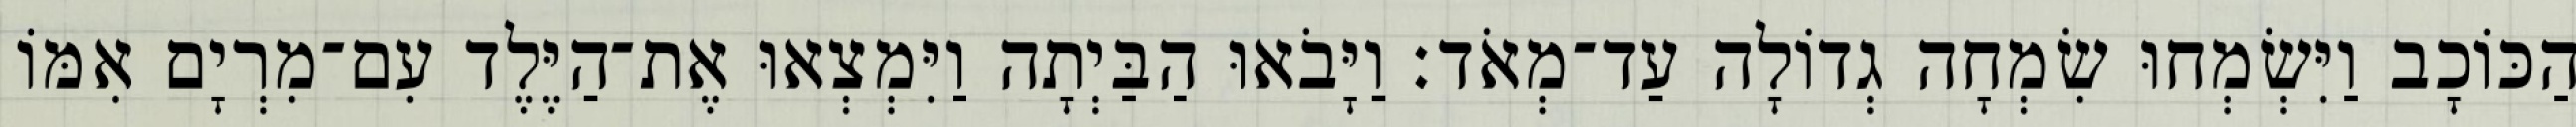
הַכּוֹכָב וַיִּשְׂמְחוּ שִׂמְחָה גְדוֹלָה עַד־מְאֹד׃ וַיָּבֹאוּ הַבַּיְתָה וַיִּמְצְאוּ אֶת־הַיֶּלֶד עִם־מִרְיָם אִמּוֹ